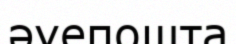
әуепошта